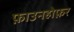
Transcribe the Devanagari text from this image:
फ़ाउनहोफ़र